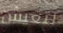
لتعيش